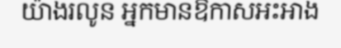
យ៉ាងរលូន អ្នកមានឱកាសអះអាង